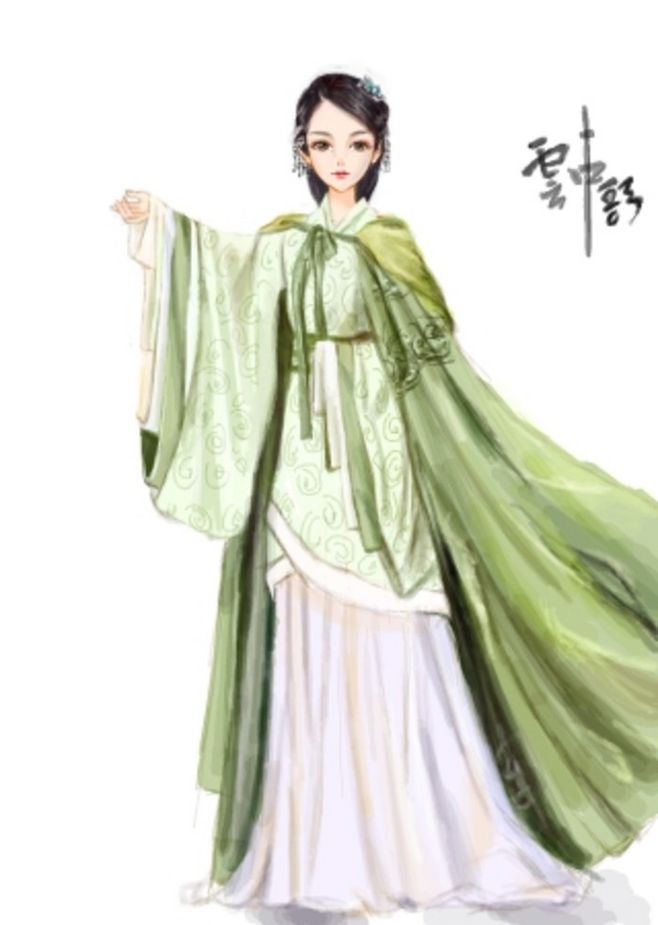
记得绿罗裙，处处怜芳草。